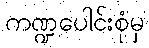
ကဏ္ဍပေါင်းစုံမှ